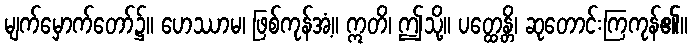
မျက်မှောက်တော်၌။ ဟေဿာမ၊ ဖြစ်ကုန်အံ့။ ဣတိ၊ ဤသို့။ ပတ္ထေန္တိ၊ ဆုတောင်းကြကုန်၏။